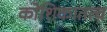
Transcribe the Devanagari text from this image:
कोशिकातत्व